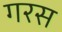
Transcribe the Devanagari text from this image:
गरस